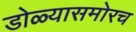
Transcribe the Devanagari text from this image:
डोळ्यासमोरच